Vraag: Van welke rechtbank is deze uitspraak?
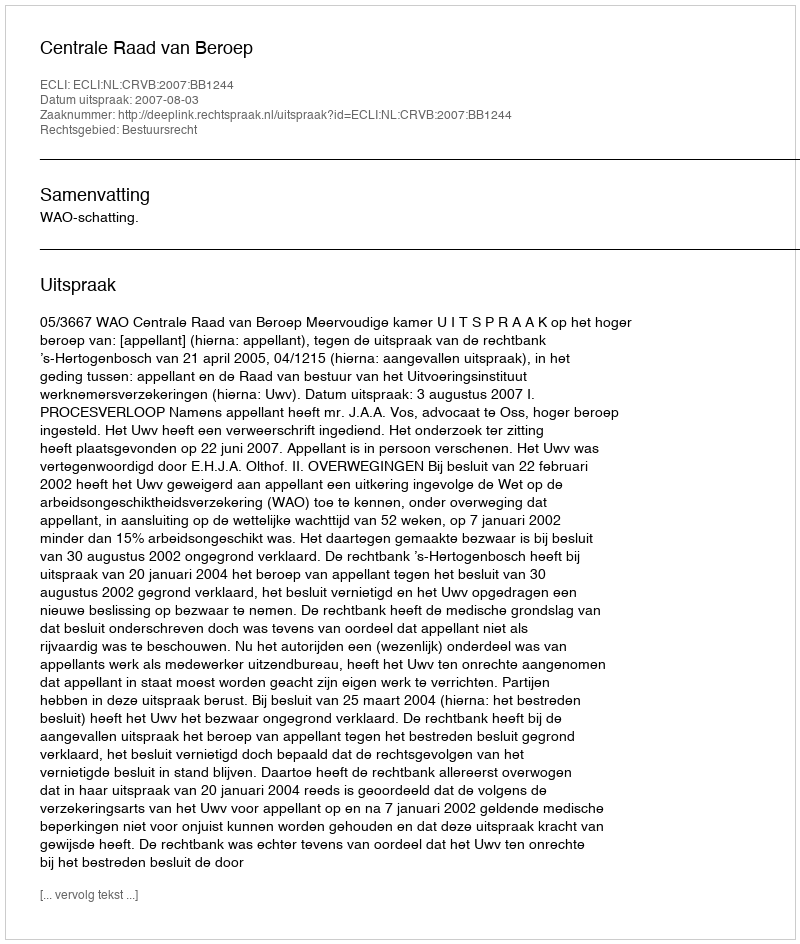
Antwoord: Centrale Raad van Beroep